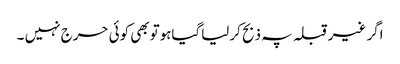
اگر غیرقبلہ پہ ذبح کرلیاگیاہوتوبھی کوئی حرج نہیں ۔